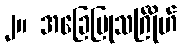
၂။ အခြေပြုသင်္ဂြိုဟ်